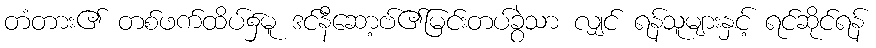
တံတား၏ တစ်ဖက်ထိပ်၌မူ ဒင်နီဆော့ဗ်၏မြင်းတပ်ခွဲသာ လျှင် ရန်သူများနှင့် ရင်ဆိုင်ရန်